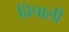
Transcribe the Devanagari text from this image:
विपाली